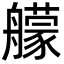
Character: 艨